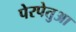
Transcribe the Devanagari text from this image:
पेरपेतुआ